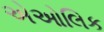
એઓલિક